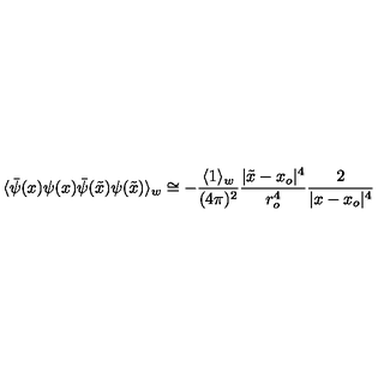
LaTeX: \langle \bar { \psi } ( x ) \psi ( x ) \bar { \psi } ( \tilde { x } ) \psi ( \tilde { x } ) \rangle _ { w } \cong - { \frac { \langle 1 \rangle _ { w } } { ( 4 \pi ) ^ { 2 } } } { \frac { \vert \tilde { x } - x _ { o } \vert ^ { 4 } } { r _ { o } ^ { 4 } } } { \frac { 2 } { \vert x - x _ { o } \vert ^ { 4 } } }